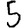
Digit: 5